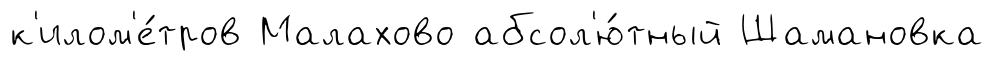
к'илом'е́тров Малахово абсол'ю́тный Шамановка